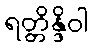
ရတ္တိန္ဒိဝါ